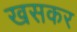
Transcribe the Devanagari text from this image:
खसकर